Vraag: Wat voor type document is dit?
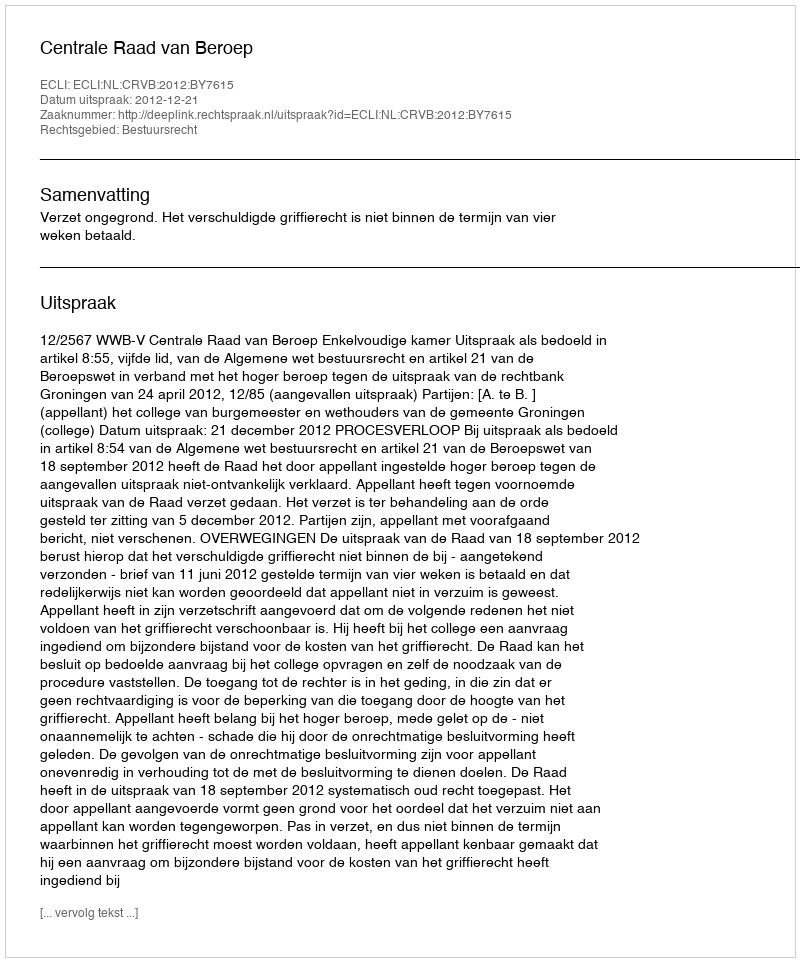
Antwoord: Uitspraak